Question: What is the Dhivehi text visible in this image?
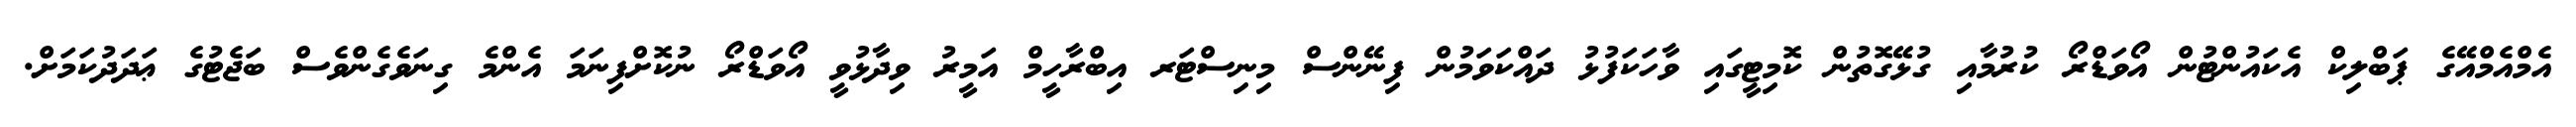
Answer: އެމްއެމްއޭގެ ޕަބްލިކް އެކައުންޓުން އޯވަޑްރޯ ކުރުމާއި ގުޅޭގޮތުން ކޮމިޓީގައި ވާހަކަފުޅު ދައްކަވަމުން ފިނޭންސް މިނިސްޓަރ އިބްރާހީމް އަމީރު ވިދާޅުވީ އޯވަޑްރޯ ނުކޮށްފިނަމަ އެންމެ ގިނަވެގެންވެސް ބަޖެޓުގެ ޢަދަދުކަމަށް.